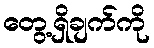
တွေ့ရှိချက်ကို